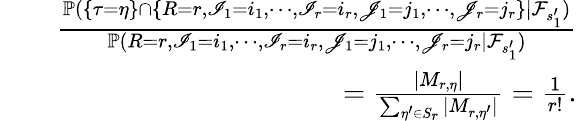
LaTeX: \begin{array}{rlr}&{}&{\frac{\mathbb{P}(\{ \tau=\eta\} \cap\{ R=r,\mathscr{I}_{1}=i_{1},\cdots,\mathscr{I}_{r}=i_{r},\mathscr{J}_{1}=j_{1},\cdots,\mathscr{J}_{r}=j_{r}\} |\mathcal{F}_{s_{1}^{\prime}})}{\mathbb{P}(R=r,\mathscr{I}_{1}=i_{1},\cdots,\mathscr{I}_{r}=i_{r},\mathscr{J}_{1}=j_{1},\cdots,\mathscr{J}_{r}=j_{r}|\mathcal{F}_{s_{1}^{\prime}})}}\\ &{}&{=\frac{|M_{r,\eta}|}{\sum_{\eta^{\prime}\in S_{r}}|M_{r,\eta^{\prime}}|}=\frac{1}{r!}.}\end{array}